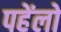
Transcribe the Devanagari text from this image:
पहेंलो